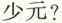
少元？